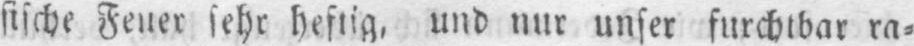
sische Feuer sehr heftig, und nur unser furchtbar ra⸗